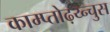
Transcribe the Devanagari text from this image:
काम्प्तोढ़य्न्चुस